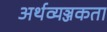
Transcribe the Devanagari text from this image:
अर्थव्यञ्जकता